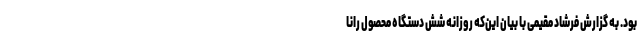
بود. به گزارش فرشاد مقیمی با بیان این‌که روزانه شش دستگاه محصول رانا